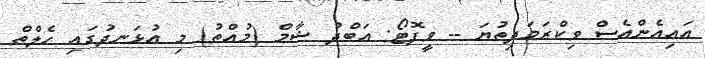
އައިއެންއެސް ވިކްރަމަދިތުޔަ -- ވީފޮޓޯ: އަބްދު ޝާމް (މުއްތު) މި އުޅަނދުގައި ހެލްތް